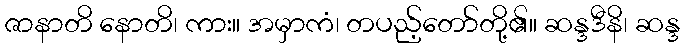
ဇာနာတိ နောတိ၊ ကား။ အမှာကံ၊ တပည့်တော်တို့၏။ ဆန္ဒဒီနိ၊ ဆန္ဒ